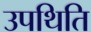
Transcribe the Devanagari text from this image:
उपथिति